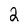
Character: 2